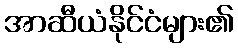
အာဆီယံနိုင်ငံများ၏